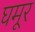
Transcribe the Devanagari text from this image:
घमूर